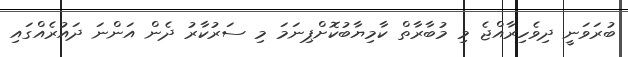
ބުރަވަނީ ދިވެހިރާއްޖެ މި މުބާރާތް ކާމިޔާބުކޮށްޕިނަމަ މި ސަރުކާރު ދެން އަންނަ ދައުރެއްގައި